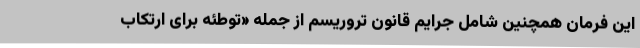
این فرمان همچنین شامل جرایم قانون تروریسم از جمله «توطئه برای ارتکاب